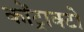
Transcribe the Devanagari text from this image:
कोंट्राक्टो